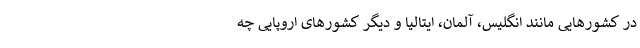
در کشورهایی مانند انگلیس، آلمان، ایتالیا و دیگر کشورهای اروپایی چه